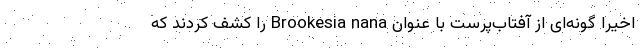
اخیرا گونه‌ای از آفتاب‌پرست با عنوان Brookesia nana را کشف کردند که